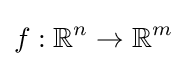
f:{\mathbb {R} }^{n}\rightarrow {\mathbb {R} }^{m}